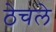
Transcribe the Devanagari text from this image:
ठेचले